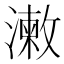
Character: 𣿊